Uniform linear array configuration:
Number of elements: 32
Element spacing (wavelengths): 0.5
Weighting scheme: binomial
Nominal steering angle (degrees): -15
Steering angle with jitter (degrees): -16.287
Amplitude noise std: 0.05
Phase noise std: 0.05

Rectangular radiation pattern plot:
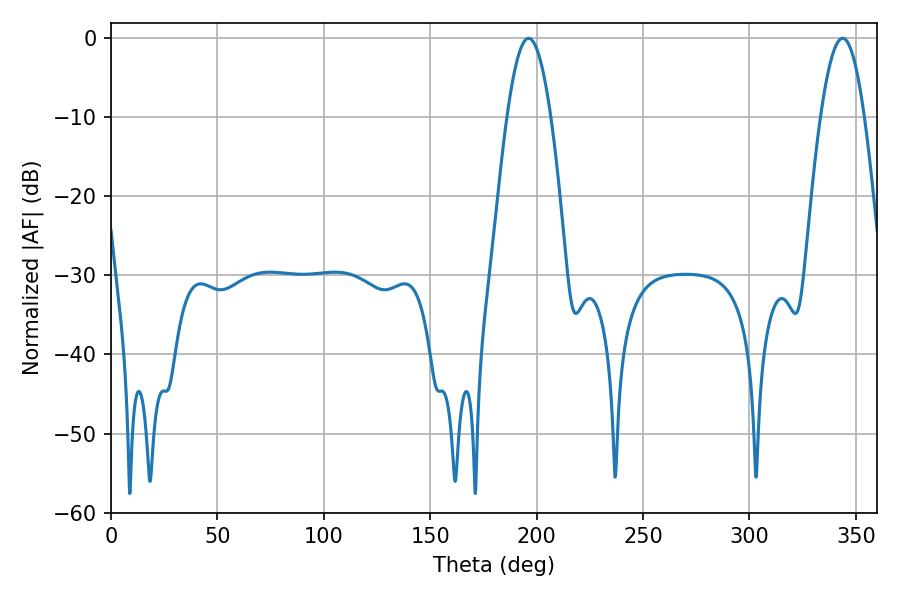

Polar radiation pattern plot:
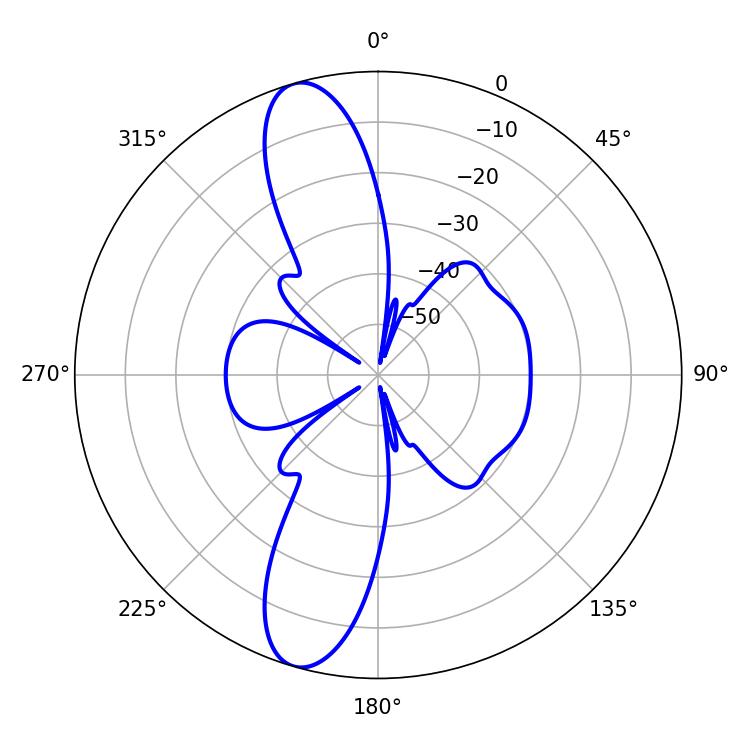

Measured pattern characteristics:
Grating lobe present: FALSE
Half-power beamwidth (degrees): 11.16
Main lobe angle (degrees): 196.2